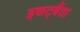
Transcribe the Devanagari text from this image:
इकट्बैंठा